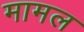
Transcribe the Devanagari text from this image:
मामल